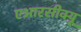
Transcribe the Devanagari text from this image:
एआरसीक्यू